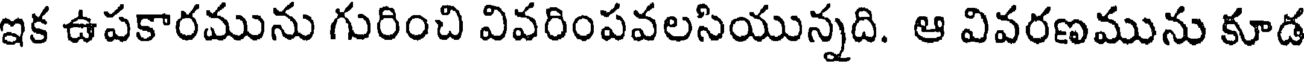
ఇక ఉపకారమును గురించి వివరింపవలసియున్నది. ఆ వివరణమును కూడ